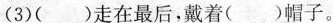
(3)( )走在最后，戴着( )帽子。